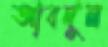
আবদুন